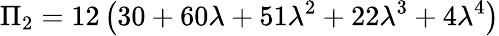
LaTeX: \Pi_{2}=12\left(30+60\lambda+51\lambda^{2}+22\lambda^{3}+4\lambda^{4}\right)